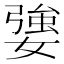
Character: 𡠥